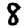
Digit: 8